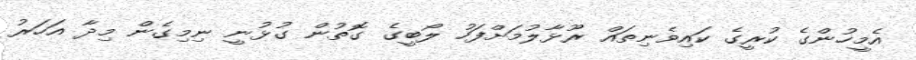
އެމީހުންގެ ކުރީގެ ކައިވެނިތައް ރޫޅާލުމަށްފަހު ލޯބީގެ ގޮތުން ގުޅުނީ ނިމިގެން މިދާ އަހަރު